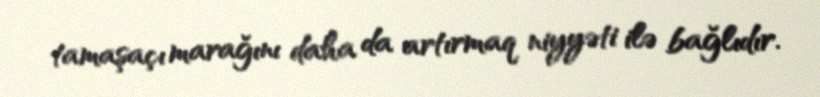
tamaşaçı marağını daha da artırmaq niyyəti ilə bağlıdır.